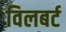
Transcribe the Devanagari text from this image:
विलबर्ट